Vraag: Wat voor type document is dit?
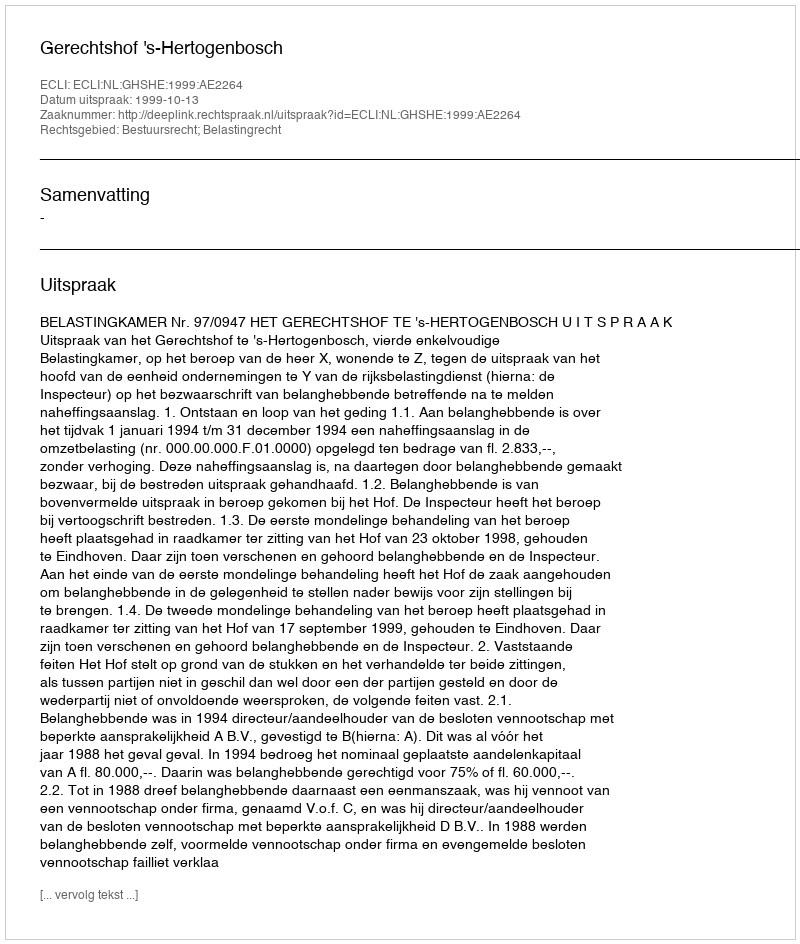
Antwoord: Uitspraak